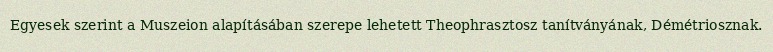
Egyesek szerint a Muszeion alapításában szerepe lehetett Theophrasztosz tanítványának, Démétriosznak.